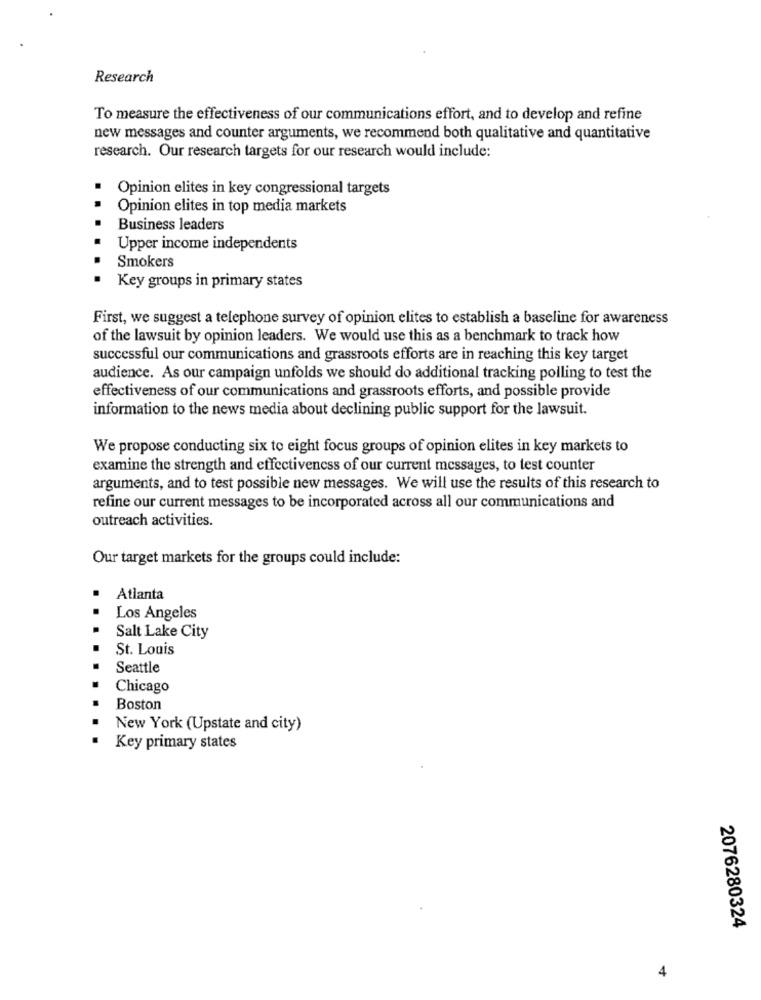
Research
To measure the effectiveness of our communications effort, and to develop and refine
new messages and counter arguments, we recommend both qualitative and quantitative
research. Our research targets for our research would include:
Opinion elites in key congressional targets
Opinion elites in top media markets
Business leaders
Upper income independents
Smokers
..
Key groups in primary states
First, we suggest a telephone survey of opinion elites to establish a baseline for awareness
of the lawsuit by opinion leaders. We would use this as a benchmark to track how
successful our communications and grassroots efforts are in reaching this key target
audience. As our campaign unfolds we should do additional tracking polling to test the
effectiveness of our communications and grassroots efforts, and possible provide
information to the news media about declining public support for the lawsuit.
We propose conducting six to eight focus groups of opinion elites in key markets to
examine the strength and effectiveness of our current messages, to test counter
arguments, and to test possible new messages. We will use the results of this research to
refine our current messages to be incorporated across all our communications and
outreach activities.
Our target markets for the groups could include:
Atlanta
Los Angeles
Salt Lake City
St. Louis
Seattle
Chicago
Boston
New York (Upstate and city)
Key primary states
2076280324
4